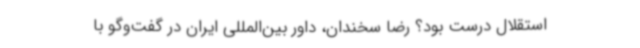
استقلال درست بود؟ رضا سخندان، داور بین‌المللی ایران در گفت‌وگو با